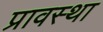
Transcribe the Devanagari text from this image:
प्रावस्‍था